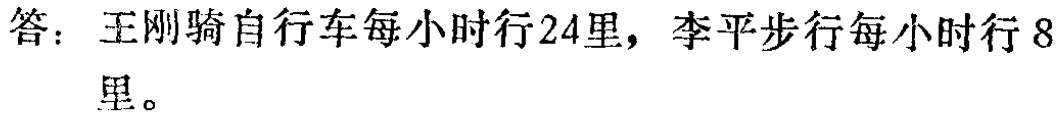
答：王刚骑自行车每小时行24里，李平步行每小时行8里。